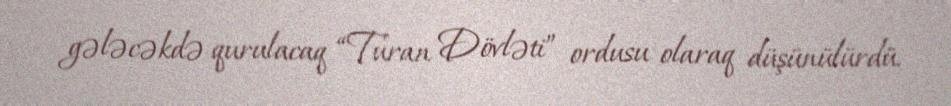
gələcəkdə qurulacaq “Turan Dövləti” ordusu olaraq düşünülürdü.